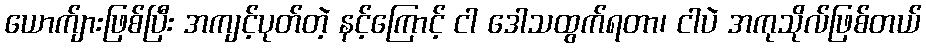
ယောက်ျားဖြစ်ပြီး အကျင့်ပုတ်တဲ့ နင့်ကြောင့် ငါ ဒေါသထွက်ရတာ၊ ငါပဲ အကုသိုလ်ဖြစ်တယ်